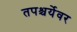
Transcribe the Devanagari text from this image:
तपश्चर्येवर